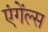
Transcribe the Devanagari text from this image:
एंगेंल्स